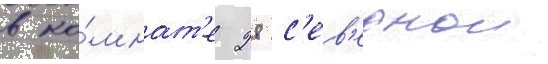
в ко́мнат'е 28 с'ев'ернои